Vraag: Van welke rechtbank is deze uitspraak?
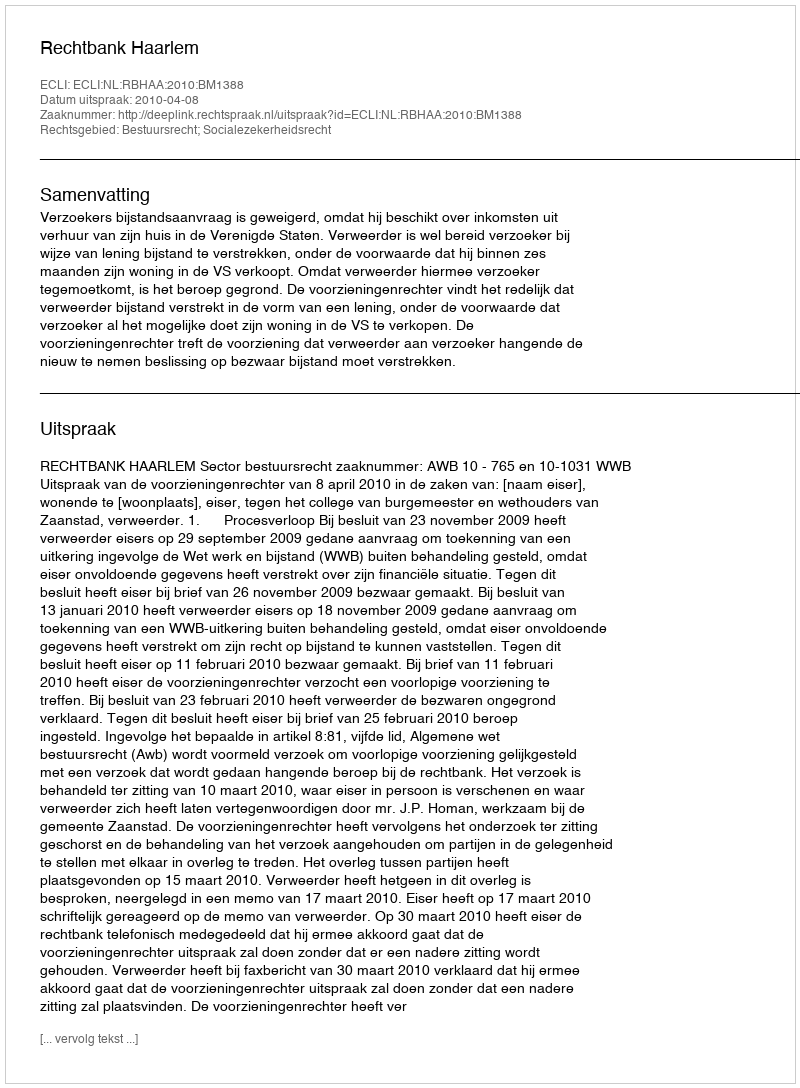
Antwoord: Rechtbank Haarlem